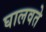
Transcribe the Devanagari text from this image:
घालवते